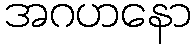
အဂဟနော